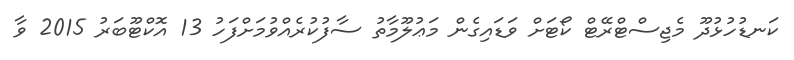
ކަނޑުހުޅުދޫ މެޖިސްޓްރޭޓް ކޯޓަށް ވަޑައިގެން މަޢުލޫމާތު ސާފުކުރެއްވުމަށްފަހު 13 އޮކްޓޫބަރު 2015 ވާ